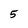
Character: 5